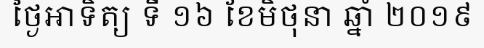
ថ្ងៃអាទិត្យ ទី ១៦ ខែមិថុនា ឆ្នាំ ២០១៩